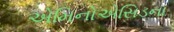
એમિનોએસિડના